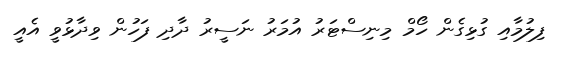
ފިލުމާއި ގުޅިގެން ހޯމް މިނިސްޓަރު އުމަރު ނަސީރު ދާދި ފަހުން ވިދާޅުވީ އެއީ